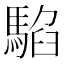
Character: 𩤂